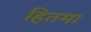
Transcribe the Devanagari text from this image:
हितमा